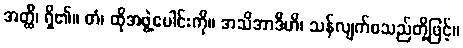
အတ္ထိ၊ ရှိ၏။ တံ၊ ထိုအဖွဲ့ပေါင်းကို။ အသိအာဒီဟိ၊ သန်လျက်စသည်တို့ဖြင့်။